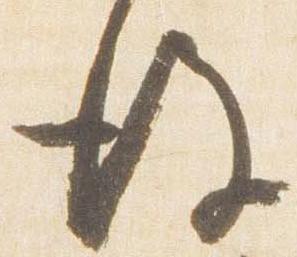
後